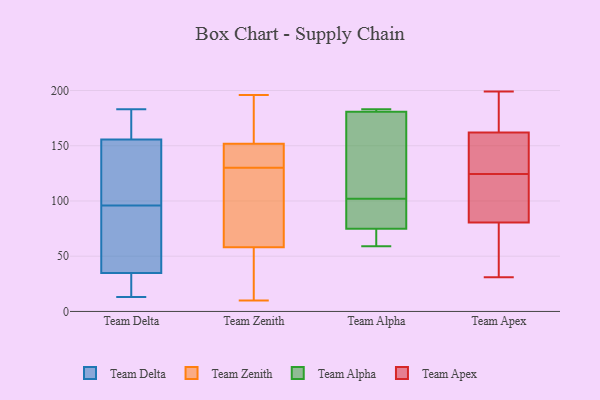
{"axis": {"x": "Production Output", "y": "Value"}, "legend": ["Team Alpha", "Team Apex", "Team Delta", "Team Zenith"], "data": [{"x": "", "y": 70, "type": "Team Delta"}, {"x": "", "y": 149, "type": "Team Delta"}, {"x": "", "y": 30, "type": "Team Delta"}, {"x": "", "y": 49, "type": "Team Delta"}, {"x": "", "y": 13, "type": "Team Delta"}, {"x": "", "y": 135, "type": "Team Delta"}, {"x": "", "y": 167, "type": "Team Delta"}, {"x": "", "y": 25, "type": "Team Delta"}, {"x": "", "y": 183, "type": "Team Delta"}, {"x": "", "y": 158, "type": "Team Delta"}, {"x": "", "y": 96, "type": "Team Delta"}, {"x": "", "y": 196, "type": "Team Zenith"}, {"x": "", "y": 178, "type": "Team Zenith"}, {"x": "", "y": 87, "type": "Team Zenith"}, {"x": "", "y": 82, "type": "Team Zenith"}, {"x": "", "y": 10, "type": "Team Zenith"}, {"x": "", "y": 26, "type": "Team Zenith"}, {"x": "", "y": 148, "type": "Team Zenith"}, {"x": "", "y": 130, "type": "Team Zenith"}, {"x": "", "y": 142, "type": "Team Zenith"}, {"x": "", "y": 50, "type": "Team Zenith"}, {"x": "", "y": 153, "type": "Team Zenith"}, {"x": "", "y": 66, "type": "Team Alpha"}, {"x": "", "y": 77, "type": "Team Alpha"}, {"x": "", "y": 157, "type": "Team Alpha"}, {"x": "", "y": 59, "type": "Team Alpha"}, {"x": "", "y": 181, "type": "Team Alpha"}, {"x": "", "y": 183, "type": "Team Alpha"}, {"x": "", "y": 180, "type": "Team Alpha"}, {"x": "", "y": 102, "type": "Team Alpha"}, {"x": "", "y": 86, "type": "Team Alpha"}, {"x": "", "y": 74, "type": "Team Alpha"}, {"x": "", "y": 183, "type": "Team Alpha"}, {"x": "", "y": 146, "type": "Team Apex"}, {"x": "", "y": 199, "type": "Team Apex"}, {"x": "", "y": 171, "type": "Team Apex"}, {"x": "", "y": 31, "type": "Team Apex"}, {"x": "", "y": 82, "type": "Team Apex"}, {"x": "", "y": 181, "type": "Team Apex"}, {"x": "", "y": 64, "type": "Team Apex"}, {"x": "", "y": 79, "type": "Team Apex"}, {"x": "", "y": 147, "type": "Team Apex"}, {"x": "", "y": 93, "type": "Team Apex"}, {"x": "", "y": 153, "type": "Team Apex"}, {"x": "", "y": 103, "type": "Team Apex"}]}